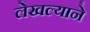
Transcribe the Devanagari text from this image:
लेखल्याने